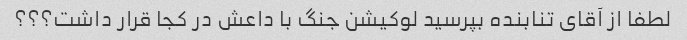
لطفا از آقای تنابنده بپرسید لوکیشن جنگ با داعش در کجا قرار داشت؟؟؟